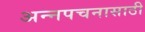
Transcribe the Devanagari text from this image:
अन्‍नपचनासाठी